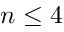
n \leq 4